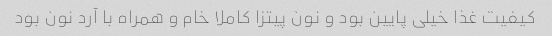
کیفیت غذا خیلی پایین بود و نون پیتزا کاملا خام و همراه با آرد نون بود